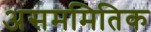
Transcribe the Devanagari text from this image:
असममितिक